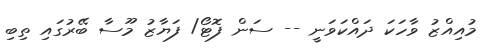
މުއިއްޒު ވާހަކަ ދައްކަވަނީ -- ސަން ފޮޓޯ/ ފަޔާޒު މޫސާ ބޭރުގައި ތިބި